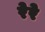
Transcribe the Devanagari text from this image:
रेरे